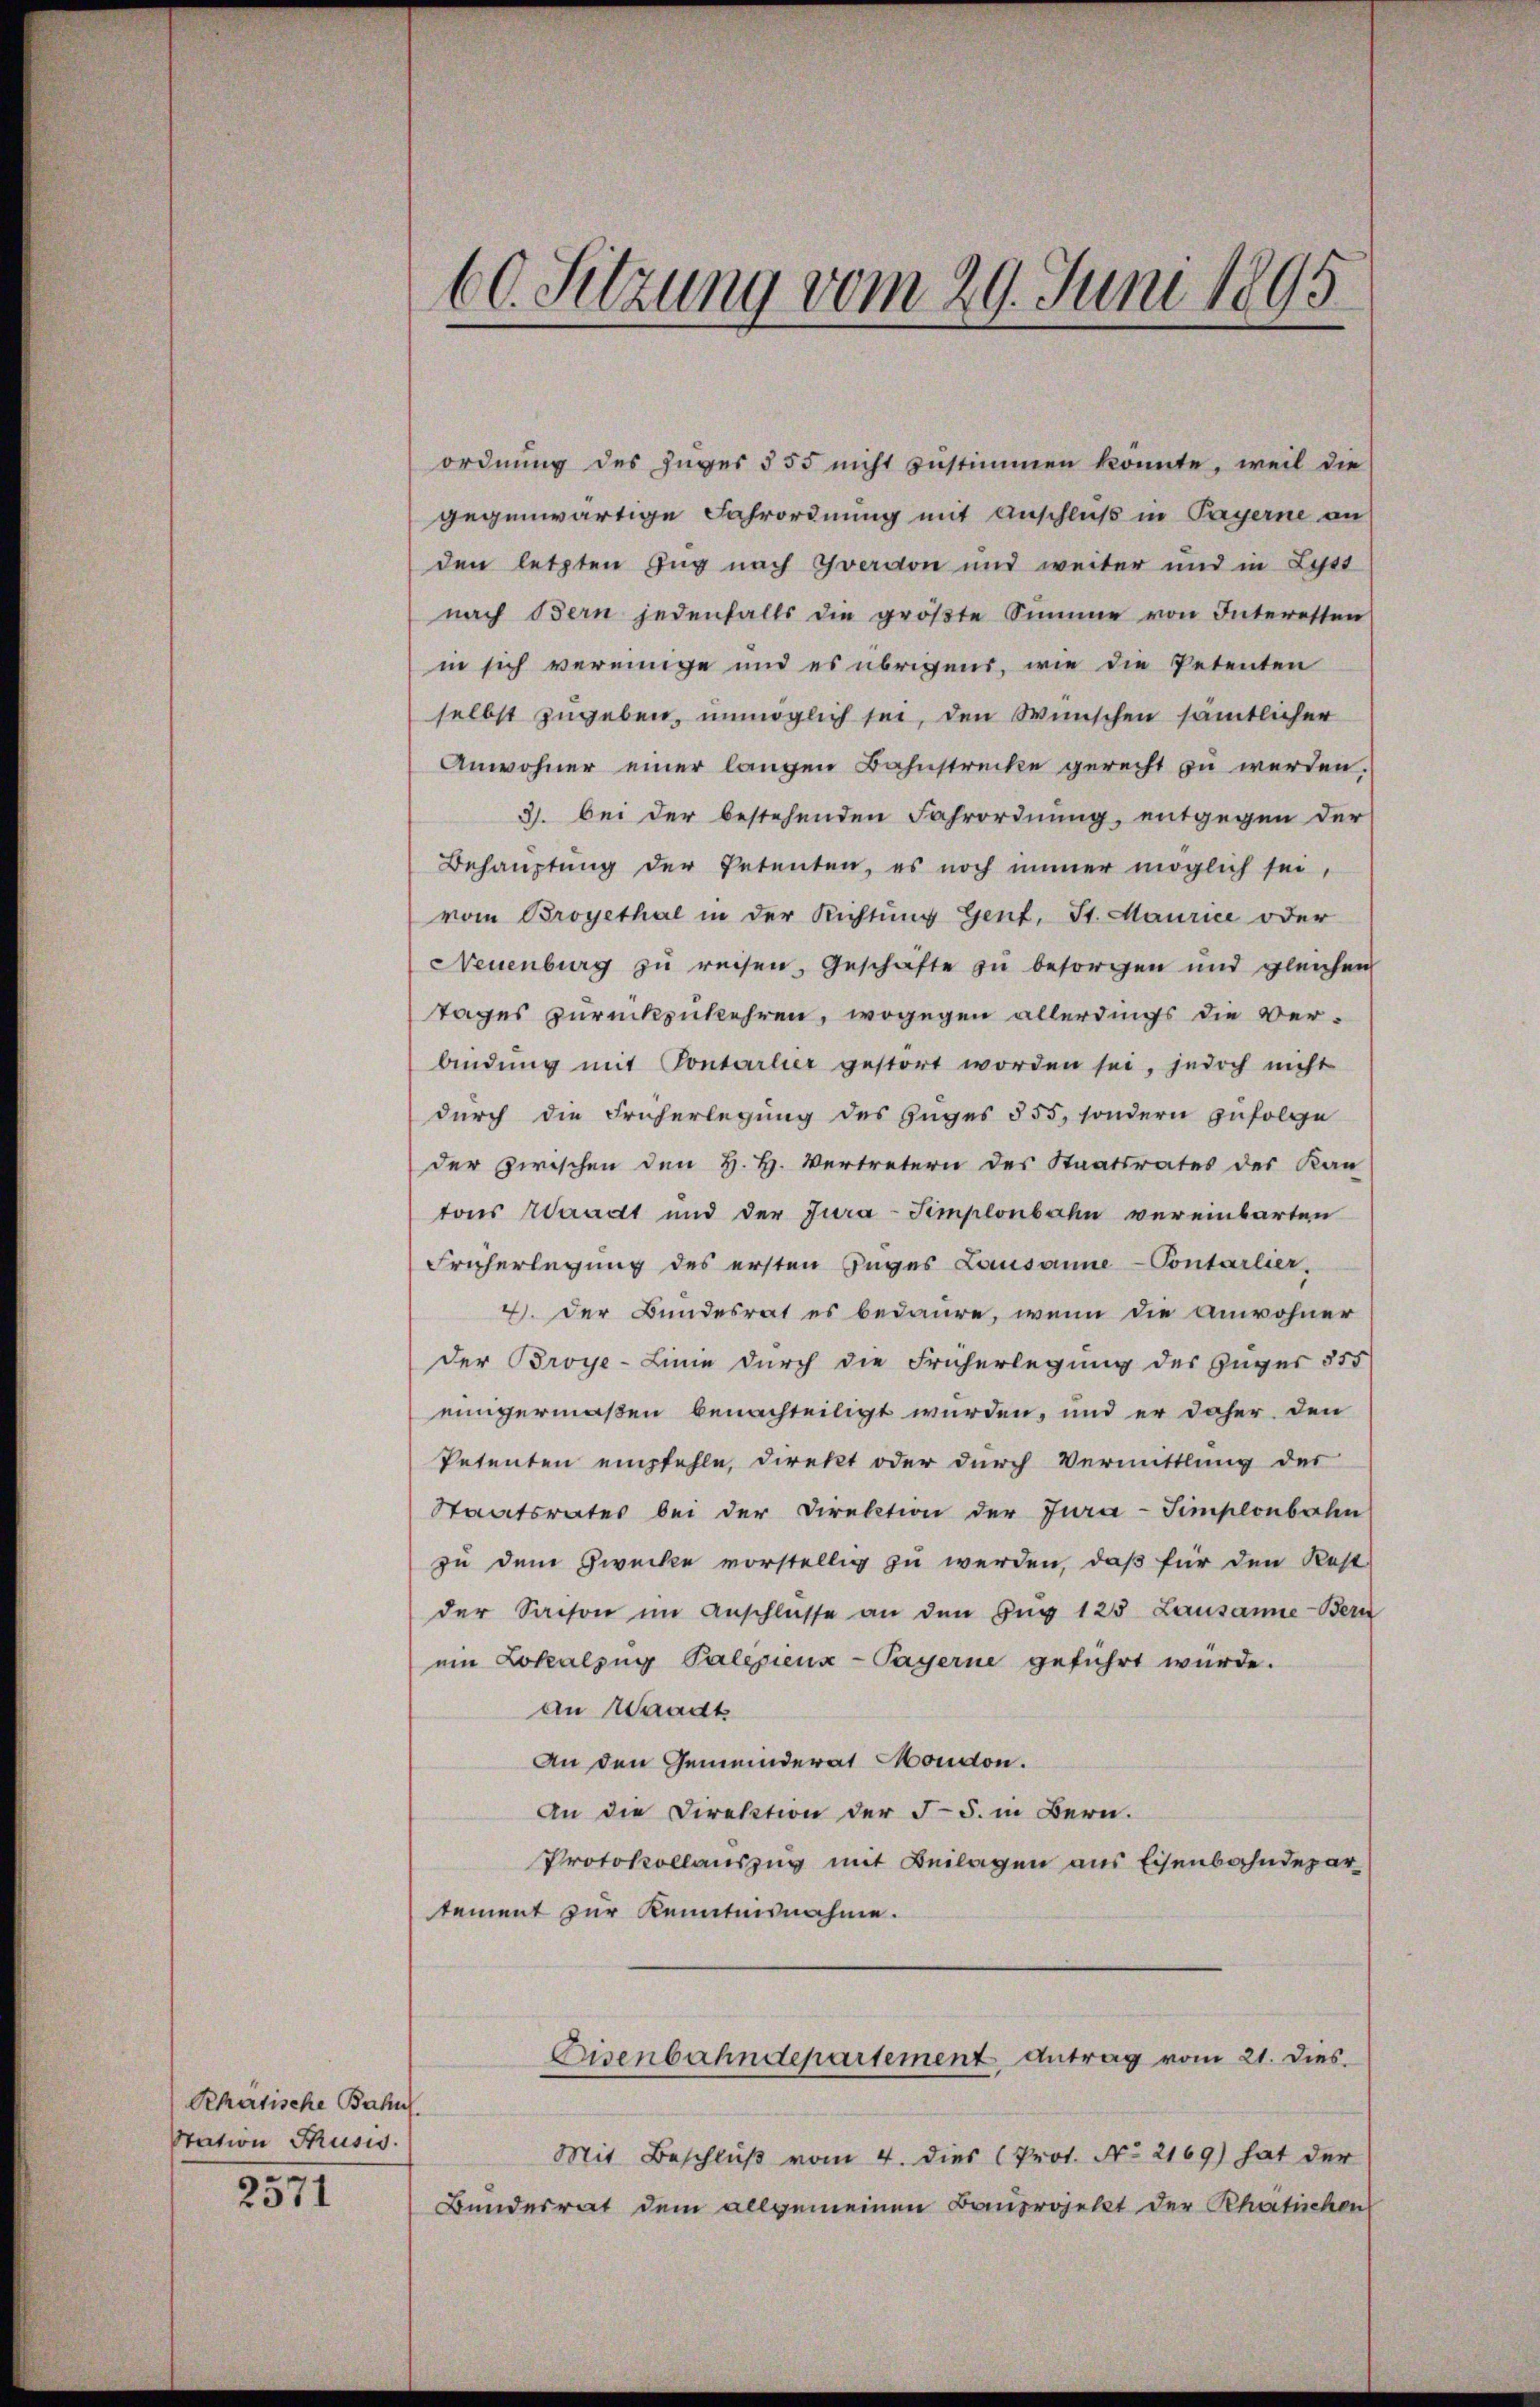
Rhatische Bahnl
Station Thusis.

2571

60. Sitzung vom 29. Juni 1895

ordnung des Zuges § 55 nicht zustimmen konnte, weil die
gegenwärtige Fahrordnung mit Anschluß in Payerne an
den letzten Zug nach Zvervon und weiter und in Lyptt
nach Bern jedenfalls die gröβte Summe von Interetten
in sich vereinige und es übrigens, wie die Petenten
selbst zugeben, unmöglich sei, den Wünschen sämtlicher
Anwohner einer langen Bahnstrecke gerecht zu werden.
3. bei der bestehenden Fahrordnung, entgegen der
Behauptung der Petenten, es noch immer möglich sei,
vom Broyethal in der Richtung Gent, St. Maurice oder
Neuenburg zu reisen, Geschäfte zu besorgen und gleichen
tages zurückzukehren, wogegen allerdings die Ver-
bindŭng mit Pontarlier gestört worden sei, jedoch nicht
durch die Früherlegung des Zuges § 55, sondern zufolge
der zwischen den H. H. Vertretern des Staatsrates des Kan-
tons Waadt und der Jura-Simplonbahn vereinbarten
Früherlegung des ersten Zuges Lausanne-Contarlier,
4. Der Bundesrat es bedaure, wenn die Anwohner
der Broye-Linie durch die Früherlegung des Zuges 555
einigermaßen benachteiligt wurden, und er daher den
Petenten empfehle, direkt oder durch Vermittlung der
Staatsrates bei der Direktion der Jura-Simplonbahn
zu dem Zwecke vorstellig zu werden, daß für den Rest
der Saison im Anschlüsse an den Zŭg 125 Lausanne-Bern
ein Lokalzug Palepienx-Payerne geführt würde.
an Waadt
An den Gemeinderat Moudon.
An die Direktion der 55. in Bern.
Protokollauszug mit Beilagen aus Eisenbahndepar
tement zur Kenntnisnahme.
Eisenbahndepartement Antrag vom 21. Dies
Mit Beschluß vom 4. dies Prot. No 2169) hat der
Bundesrat dem allgemeinen Bauprojekt der Rhetischen